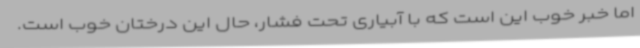
اما خبر خوب این است که با آبیاری تحت فشار، حال این درختان خوب است.